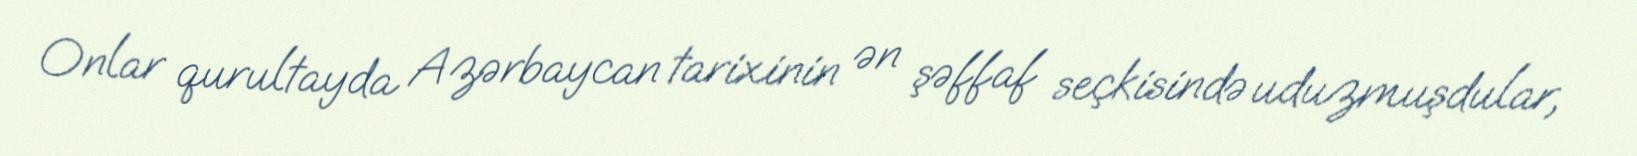
Onlar qurultayda Azərbaycan tarixinin ən şəffaf seçkisində uduzmuşdular,